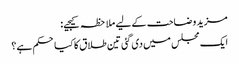
مزید وضاحت کے لیے ملاحظہ کیجیے:
ایک مجلس میں‌ دی گئی تین طلاق کا کیا حکم ہے؟